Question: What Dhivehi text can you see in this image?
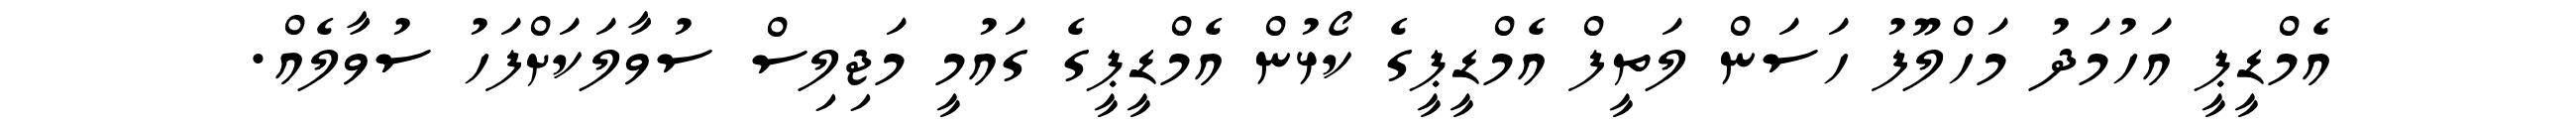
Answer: އެމްޑީޕީ އަހުމަދު މަހްލޫފު ހަސަން ލަތީފް އެމްޑީޕީގެ ކޯޅުން އެމްޑީޕީގެ ގައުމީ މަޖިލިސް ސުވާލަކަށްފަހު ސުވާލެއް.